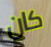
كان